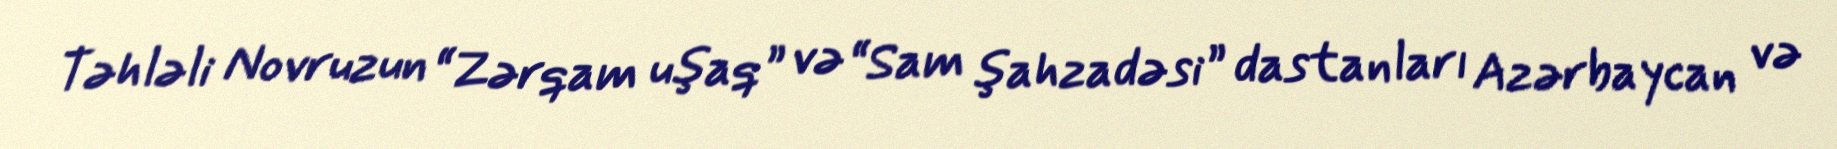
Təhləli Novruzun “Zərqam uşaq” və “Sam şahzadəsi” dastanları Azərbaycan və